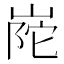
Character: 𭖰